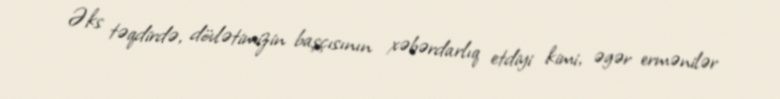
Əks təqdirdə, dövlətimizin başçısının xəbərdarlıq etdiyi kimi, əgər ermənilər